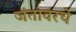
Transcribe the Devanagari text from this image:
जंतावरचे